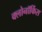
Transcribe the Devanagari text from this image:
क्लोनॉर्किस